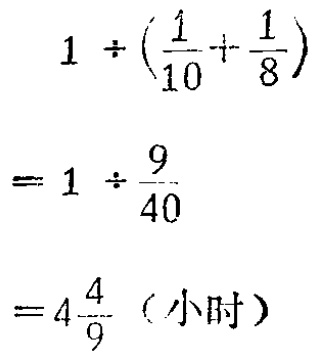
(七)结合代数式恒等变换的技巧